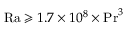
\mathrm { R a } \geqslant 1 . 7 \times 1 0 ^ { 8 } \times \mathrm { P r } ^ { 3 }